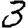
Digit: 3